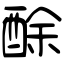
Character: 酴